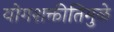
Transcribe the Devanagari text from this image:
योगशक्तीतिमुळे